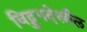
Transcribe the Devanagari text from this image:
विद्रुपदेखील